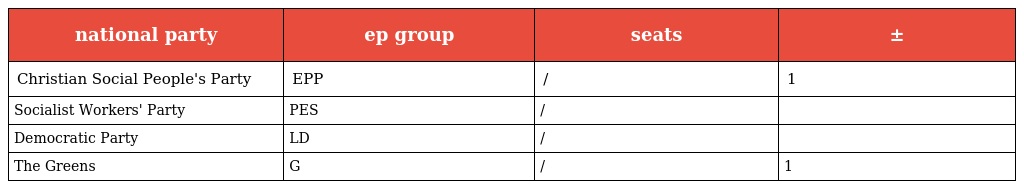
| national party | ep group | seats | ± |
 | --- | --- | --- | --- |
 | Christian Social People's Party | EPP | / | 1 |
 | Socialist Workers' Party | PES | / |  |
 | Democratic Party | LD | / |  |
 | The Greens | G | / | 1 |